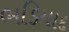
ભડિયાદ